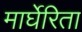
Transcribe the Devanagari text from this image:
मार्घेरिता